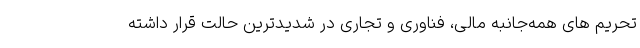
تحریم های همه‌جانبه مالی، فناوری و تجاری در شدیدترین حالت قرار داشته